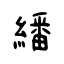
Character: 繙